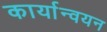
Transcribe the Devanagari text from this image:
कार्यान्‍वयन